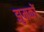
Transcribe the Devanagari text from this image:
झुमकों